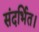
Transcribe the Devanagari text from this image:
संदर्भित।